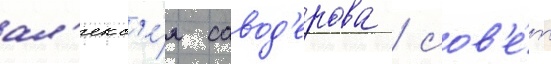
ал'екс'е́я савод'ерова / сов'е́т